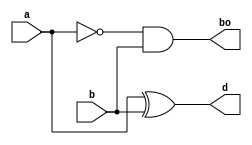
module half_des(a, b, d, bo);

input a;
input b;

output reg d;
output reg bo;

always @(*)
begin
	d = a^b;
	bo = (~a)&b;
end

endmodule